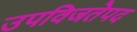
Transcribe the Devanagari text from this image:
उपविजतेपद